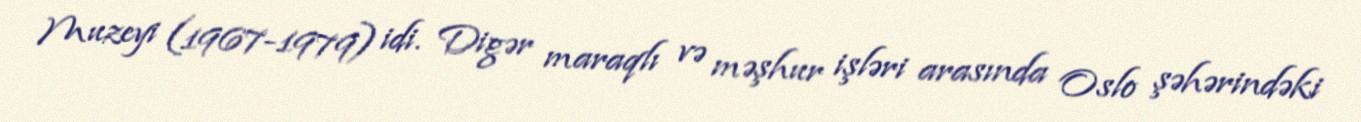
Muzeyi (1967-1979) idi. Digər maraqlı və məşhur işləri arasında Oslo şəhərindəki